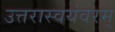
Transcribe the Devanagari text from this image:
उत्तरास्वयंवरम्